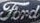
Ford